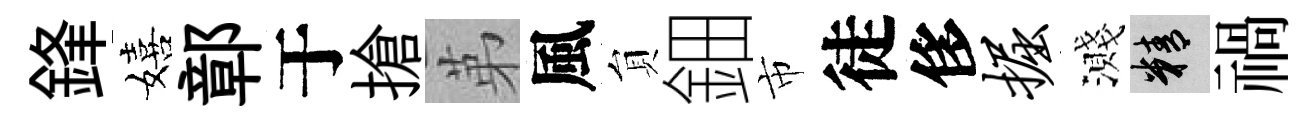
鋒嬉鄣于搶苐風貟鈿市徒侈掘濺精禍